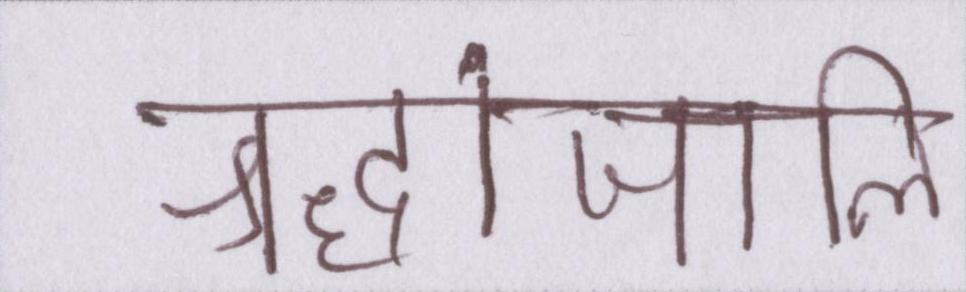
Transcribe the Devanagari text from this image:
श्रद्धांजलि